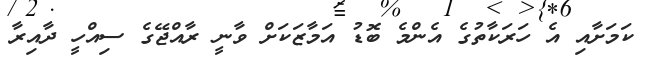
ކަމަށާއި އެ ހަރަކާތުގެ އެންމެ ބޮޑު އަމާޒަކަށް ވާނީ ރާއްޖޭގެ ސިއްހީ ދާއިރާ